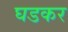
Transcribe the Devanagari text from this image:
घडकर